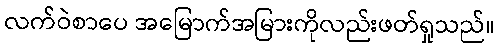
လက်ဝဲစာပေ အမြောက်အမြားကိုလည်းဖတ်ရှုသည်။